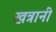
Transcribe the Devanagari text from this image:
खत्रानी